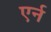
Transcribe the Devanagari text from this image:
एर्न